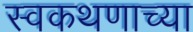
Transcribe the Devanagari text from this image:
स्वकथणाच्या